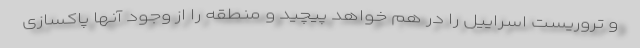
و تروریست اسراییل را در هم خواهد پیچید و منطقه را از وجود آنها پاکسازی